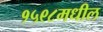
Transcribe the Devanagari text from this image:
१५९८मधील